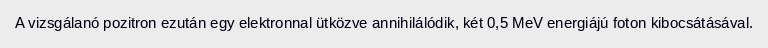
A vizsgálanó pozitron ezután egy elektronnal ütközve annihilálódik, két 0,5 MeV energiájú foton kibocsátásával.